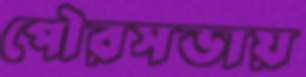
পৌরসভায়